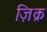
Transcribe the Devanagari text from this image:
ज़िक्र